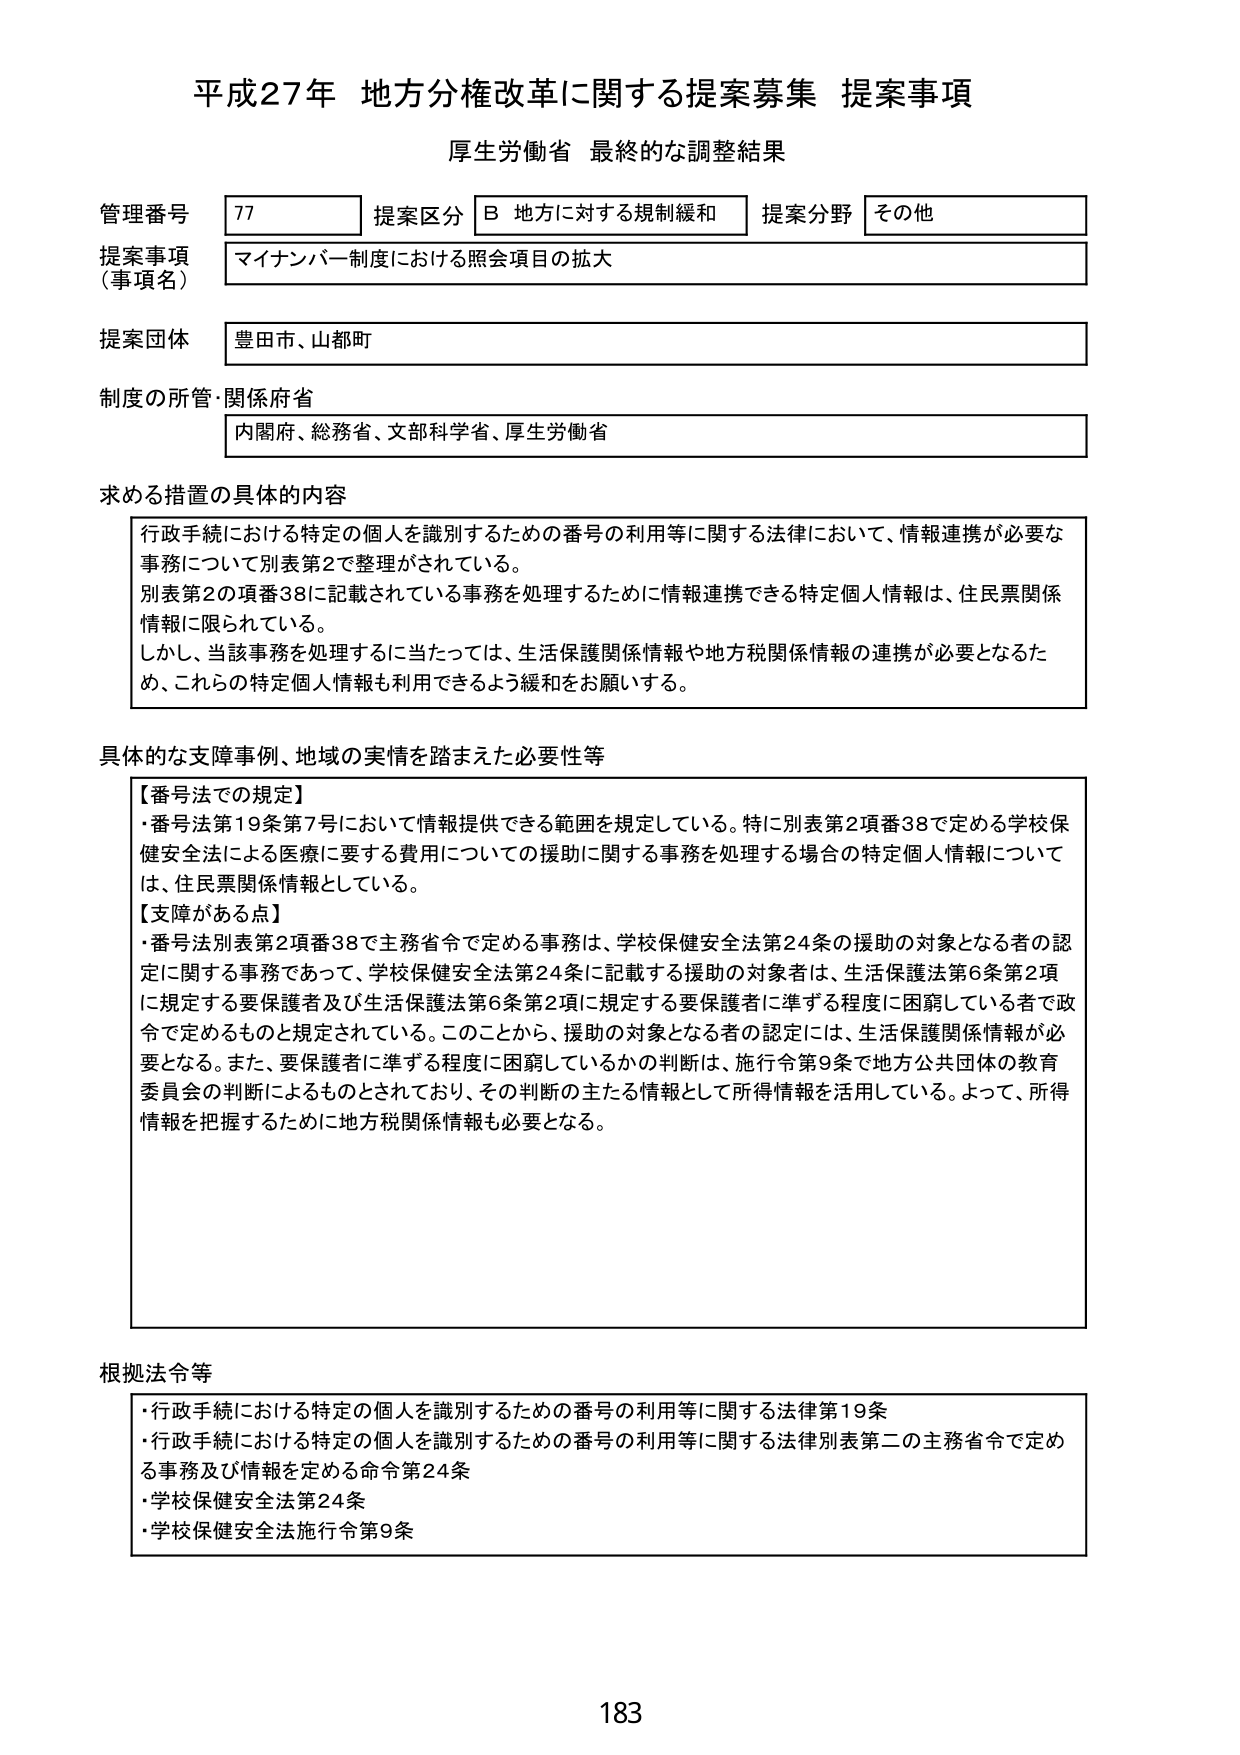
平成27年 地方分権改革に関する提案募集 提案事項
厚生労働省 最終的な調整結果

管理番号 77 提案区分 B 地方に対する規制緩和 提案分野 その他
提案事項（事項名） マイナンバー制度における照会項目の拡大
提案団体 豊田市、山都町
制度の所管・関係府省 内閣府、総務省、文部科学省、厚生労働省

求める措置の具体的内容
行政手続における特定の個人を識別するための番号の利用等に関する法律において、情報連携が必要な事務について別表第2で整理がされている。
別表第2の項番38に記載されている事務を処理するために情報連携できる特定個人情報は、住民票関係情報に限られている。
しかし、当該事務を処理するに当たっては、生活保護関係情報や地方税関係情報の連携が必要となるため、これらの特定個人情報も利用できるよう緩和をお願いする。

具体的な支障事例、地域の実情を踏まえた必要性等
【番号法での規定】
・番号法第19条第7号において情報提供できる範囲を規定している。特に別表第2項番38で定める学校保健安全法による医療に要する費用についての援助に関する事務を処理する場合の特定個人情報については、住民票関係情報としている。
【支障がある点】
・番号法別表第2項番38で主務省令で定める事務は、学校保健安全法第24条の援助の対象となる者の認定に関する事務であって、学校保健安全法第24条に記載する援助の対象者は、生活保護法第6条第2項に規定する要保護者及び生活保護法第6条第2項に規定する要保護者に準ずる程度に困窮している者で政令で定めるものと規定されている。このことから、援助の対象となる者の認定には、生活保護関係情報が必要となる。また、要保護者に準ずる程度に困窮しているかの判断は、施行令第9条で地方公共団体の教育委員会の判断によるものとされており、その判断の主たる情報として所得情報を活用している。よって、所得情報を把握するために地方税関係情報も必要となる。

根拠法令等
・行政手続における特定の個人を識別するための番号の利用等に関する法律第19条
・行政手続における特定の個人を識別するための番号の利用等に関する法律別表第二の主務省令で定める事務及び情報を定める命令第24条
・学校保健安全法第24条
・学校保健安全法施行令第9条

183